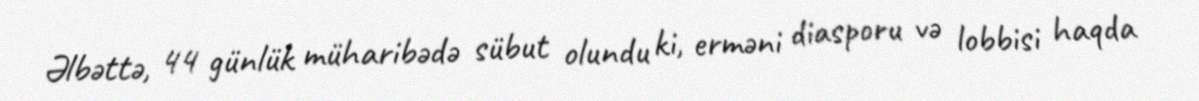
Əlbəttə, 44 günlük müharibədə sübut olundu ki, erməni diasporu və lobbisi haqda